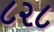
૮૨૮